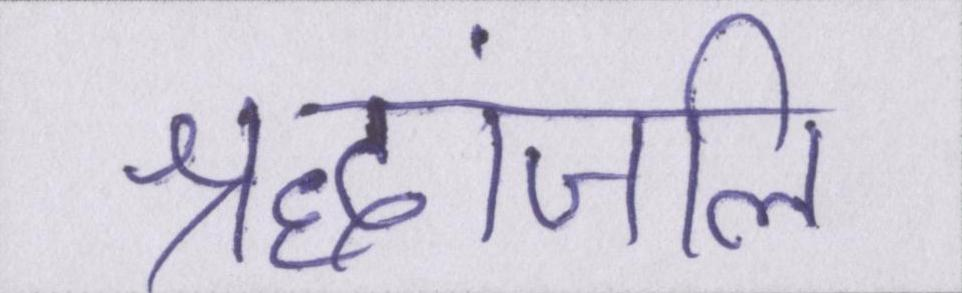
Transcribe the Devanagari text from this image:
श्रद्धांजलि